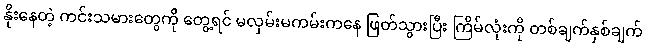
နိုးနေတဲ့ ကင်းသမားတွေကို တွေ့ရင် မလှမ်းမကမ်းကနေ ဖြတ်သွားပြီး ကြိမ်လုံးကို တစ်ချက်နှစ်ချက်